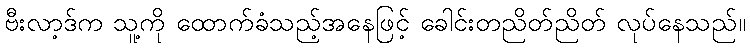
ဗီးလာ့ဒ်က သူ့ကို ထောက်ခံသည့်အနေဖြင့် ခေါင်းတညိတ်ညိတ် လုပ်နေသည်။